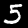
Label: 5